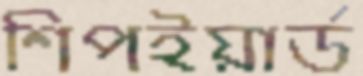
শিপইয়ার্ড